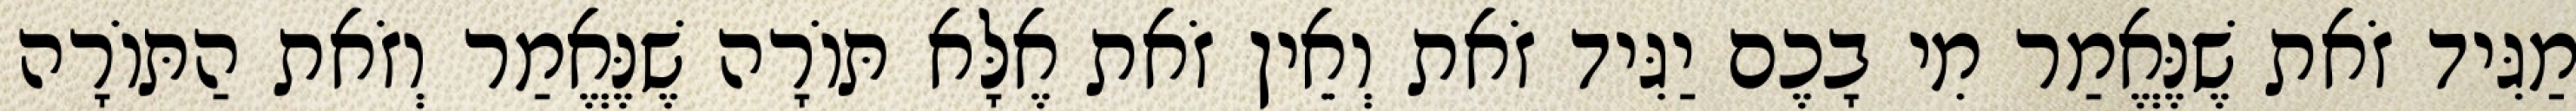
מַגִּיד זֹאת שֶׁנֶּאֱמַר מִי בָכֶם יַגִּיד זֹאת וְאֵין זֹאת אֶלָּא תּוֹרָה שֶׁנֶּאֱמַר וְזֹאת הַתּוֹרָה